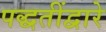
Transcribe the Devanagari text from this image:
पद्धतींद्वारे